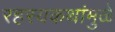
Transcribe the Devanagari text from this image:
रहस्यकथांमुळे